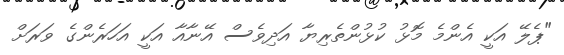
"ޕެލޭ އަކީ އެންމެ މޮޅު ކުޅުންތެރިޔާ އަދިވެސް އޭނާއާ އަކީ އަހަރެންގެ ވަރަށް